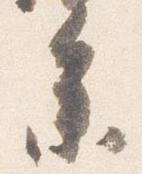
参